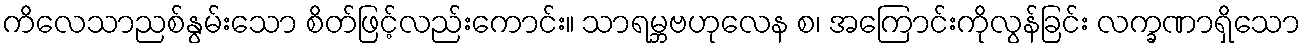
ကိလေသာညစ်နွမ်းသော စိတ်ဖြင့်လည်းကောင်း။ သာရမ္ဘဗဟုလေန စ၊ အကြောင်းကိုလွန်ခြင်း လက္ခဏာရှိသော